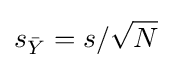
s_{\bar {Y}}=s/{\sqrt {N}}